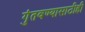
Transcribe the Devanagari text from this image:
गुंतवण्‍यासाठीही